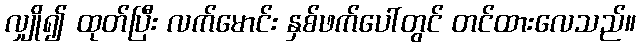
လျှို၍ ထုတ်ပြီး လက်မောင်း နှစ်ဖက်ပေါ်တွင် တင်ထားလေသည်။